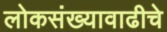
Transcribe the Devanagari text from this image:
लोकसंख्यावाढीचे